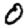
Digit: 0